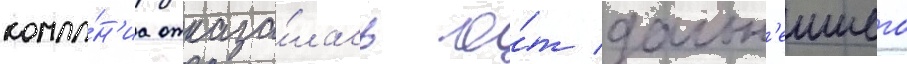
компа́н'иа отказа́лась о́т дальн'еишего